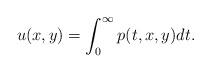
LaTeX: \begin{align*}u(x,y)=\int_0^{\infty}p(t,x,y)dt.\end{align*}